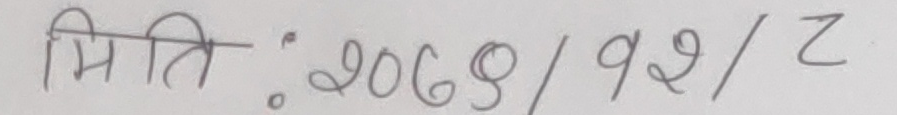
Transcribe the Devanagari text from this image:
मिति : २०६९/९२/८